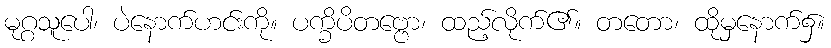
မုဂ္ဂသူပေါ၊ ပဲနောက်ဟင်းကို။ ပက္ခိပိတဗ္ဗော၊ ထည့်လိုက်၏။ တတော၊ ထိုမှနောက်၌။